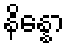
နိန္နော